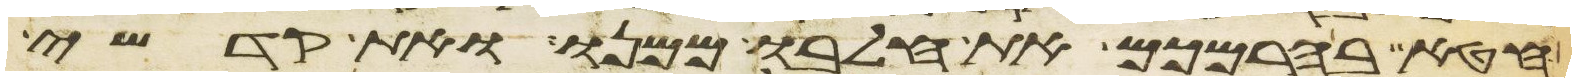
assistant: חטא בהרמכם את חלבו ממנו ואת קדשי